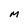
Character: M